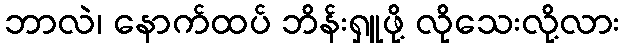
ဘာလဲ၊ နောက်ထပ် ဘိန်းရှူဖို့ လိုသေးလို့လား